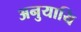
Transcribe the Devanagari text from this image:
अनुयायि